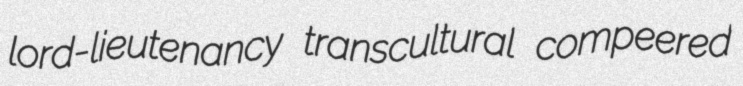
lord-lieutenancy transcultural compeered